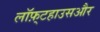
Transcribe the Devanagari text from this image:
लॉफ़्टहाउसऔर